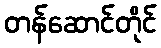
တန်ဆောင်တိုင်